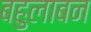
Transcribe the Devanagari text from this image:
बहुलाबन